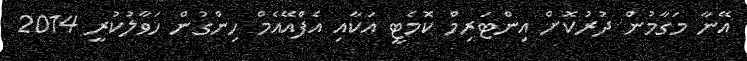
އޭނާ މަގާމުން ދުރުކޮށް އިންޓަރިމް ކޮމެޓީ އަކާއި އެފްއޭއެމް ހިންގުން ހަވާލުކުރީ 2014